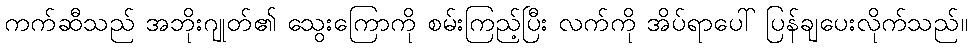
ကက်ဆီသည် အဘိုးဂျုတ်၏ သွေးကြောကို စမ်းကြည့်ပြီး လက်ကို အိပ်ရာပေါ် ပြန်ချပေးလိုက်သည်။